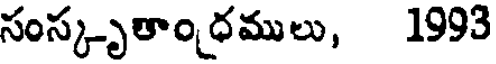
సంస్కృతాం ధములు, 1993